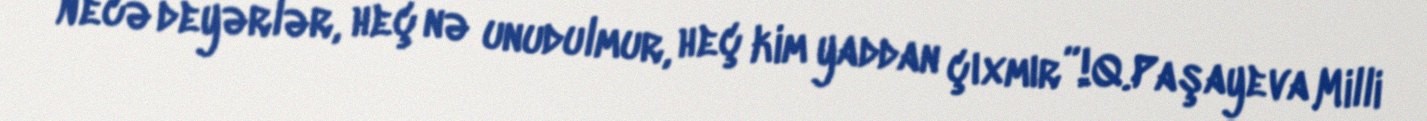
Necə deyərlər, heç nə unudulmur, heç kim yaddan çıxmır”!Q.Paşayeva Milli